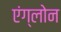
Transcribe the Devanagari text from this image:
एंग्लोन